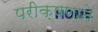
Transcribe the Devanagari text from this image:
परीक्षणाने